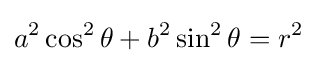
a^{2}\cos ^{2}\theta +b^{2}\sin ^{2}\theta =r^{2}